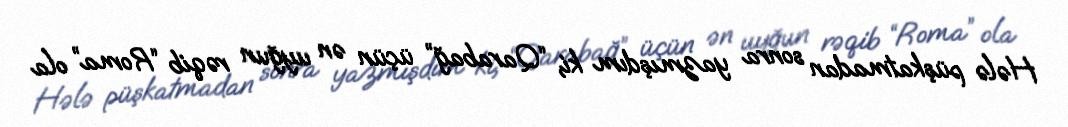
Hələ püşkatmadan sonra yazmışdım ki, “Qarabağ” üçün ən uyğun rəqib “Roma” ola